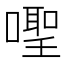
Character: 𪢎